Report on inoculation in the plague infected areas of the Punjab and its dependencies from October 1900 to September 1901
Year: 1900
Disease focus: Plague
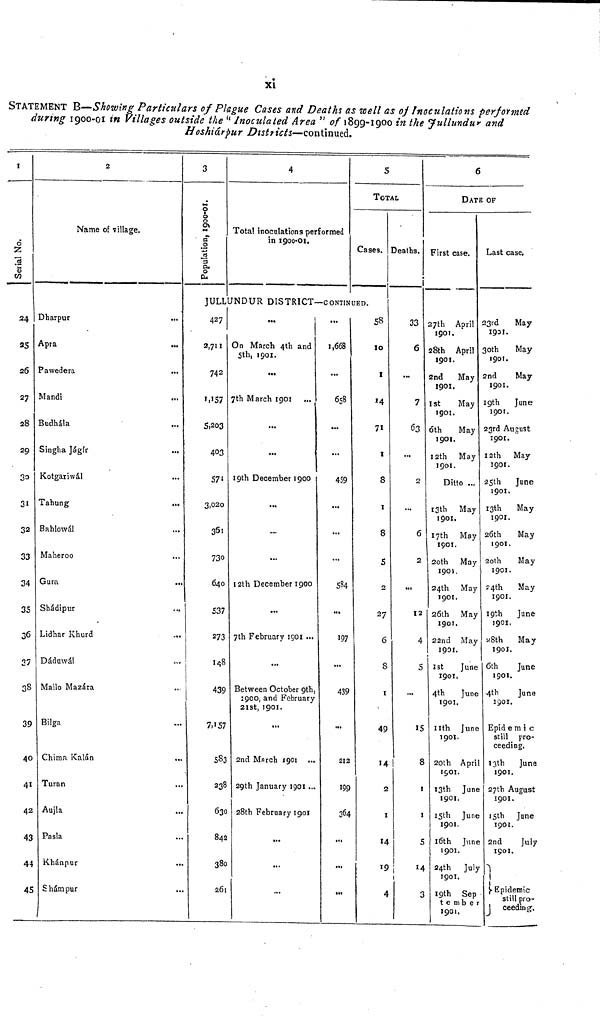
xi
STATEMENT B—Showing Particulars of Plague Cases and Deaths as well as of Inoculations performed
during 1900-01 in Villages outside the " Inoculated Area " of 1899-1900 in the Jullundur and
Hoshiárpur Districts—continued.
1
Serial No.
24
25
26
27
28
29
30
31
32
33
34
35
36
27
38
39
40
41
42
43
44
45
2
Name of village.
Dharpur
Apra
Pawedera
Mandi
Budhála
Singha Jágír
Kotgariwál
Tahung
Bahlowál
Maheroo
Gura
Shádipur
Lidhar Khurd
Dáduwál
Mallo Mazára
Bilga
Chima Kalán
Turan
Aujla
Pasla
Khánpur
Shámpur
3
Population, 1899-1900.
4
Total inoculations performed
in 1900-01,
5
TOTAL
Cases.
JULLUNDUR DISTRICT—CONTINUED.
427
2,711
742
57
5,203
403
571
3,020
361
730
640
537
27
143
43
7,157
583
238
630
842
380
251
...
On March 4th and
5th, 1901.
...
7th March 1901
...
...
19th December 1900
...
...
12th December 1900
...
7th February 3901.
...
Between October 9th
1900, and February
21st, 1901.
...
2nd March
1901.
29th January 1901 .
28th February 1901
...
1,668
...
658
...
...
459
...
...
...
584
...
197
439
...
212
199
364
...
...
...
58
10
1
14
71
1
8
8
5
2
27
6
8
1
49
14
2
1
14
19
4
Deaths.
33
6
...
7
63
...
2
6
2
...
12
4
5
...
15
8
1
1
5
14
3
6
DATE OF
First case.
27th April
190!.
28th April
1901.
2nd
May
1901.
1st
May
1901.
6th
May
1901.
12th May
1901.
Ditto ...
13th May
1901.
17th May
1901.
20th May
1901.
24th Ma
1901.
26th May
1901.
22nd May
1901.
1st
June
1901.
4th
June
1901.
11th June
1901.
20th April
1901.
13th June
1901,
15th June
1901,
16th June
1901.
24th July
1901.
19th Sep
tember
1901.
Last case.
23rd
May
193!.
30th
May
1901.
2nd
May
1901.
19th
June
1901.
23rd August
1901.
12th May
1901.
25th
June
1901.
13th
May
1901.
26th
May
1901.
20th
May
1901.
24th
May
1901.
19th
June
1901.
8th
May
1901.
6th
June
1901.
4th
June
1901.
Epidemic
still pro-
ceeding.
13th
June
1901.
27th August
1901.
15th June
1901.
2nd
July
1901.
Epidemic
still pro-
ceeding.